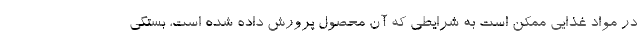
در مواد غذایی ممکن است به شرایطی که آن محصول پرورش داده شده است، بستگی